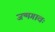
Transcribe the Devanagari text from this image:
जन्मगावः